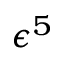
\epsilon ^ { 5 }